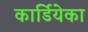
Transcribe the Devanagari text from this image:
कार्डियेका